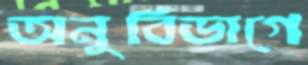
অনুবিভাগে